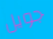
جويل